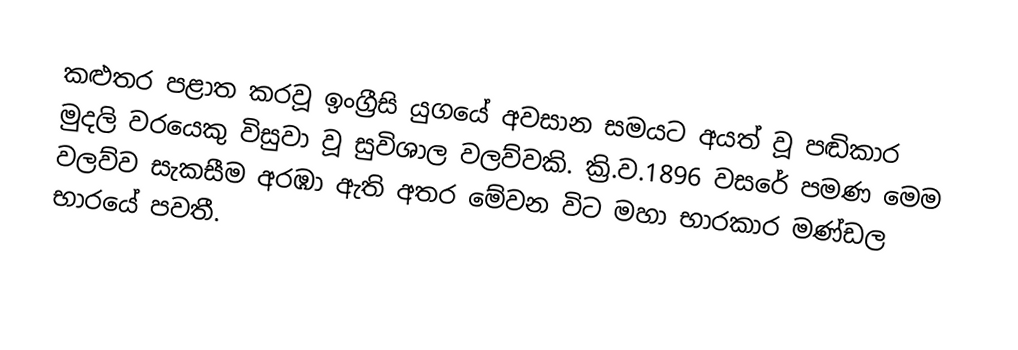
කළුතර  පළාත කරවූ ඉංග්‍රීසි යුගයේ අවසාන සමයට අයත් වූ පඬිකාර මුදලි වරයෙකු විසුවා වූ සුවිශාල වලව්වකි. ක්‍රි.ව.1896 වසරේ පමණ මෙම වලව්ව සැකසීම අරඹා ඇති අතර මේවන විට මහා භාරකාර මණ්ඩල භාරයේ පවතී.